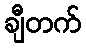
ချီတက်